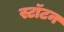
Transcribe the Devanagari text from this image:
स्टॉटन